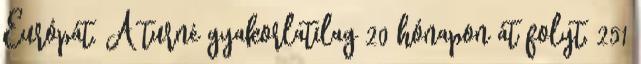
Európát. A turné gyakorlatilag 20 hónapon át folyt, 251